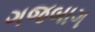
ગજબાગ